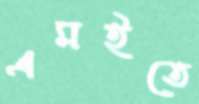
এমইতে